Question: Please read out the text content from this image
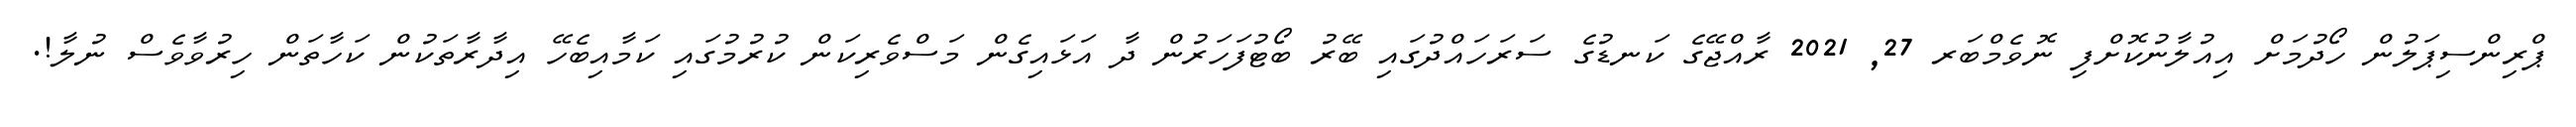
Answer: ޕްރިންސިޕަލުން ހޯދުމަށް އިއުލާނުކޮށްފި ނޮވެމްބަރ 27, 2021 ރާއްޖޭގެ ކަނޑުގެ ސަރަހައްދުގައި ބޭރު ބޯޓުފަހަރުން ދާ އަޅައިގެން މަސްވެރިކަން ކުރުމުގައި ކަމާއިބެހޭ އިދާރާތަކުން ކަހާތަން ހިރުވާވެސް ނުލާ!.